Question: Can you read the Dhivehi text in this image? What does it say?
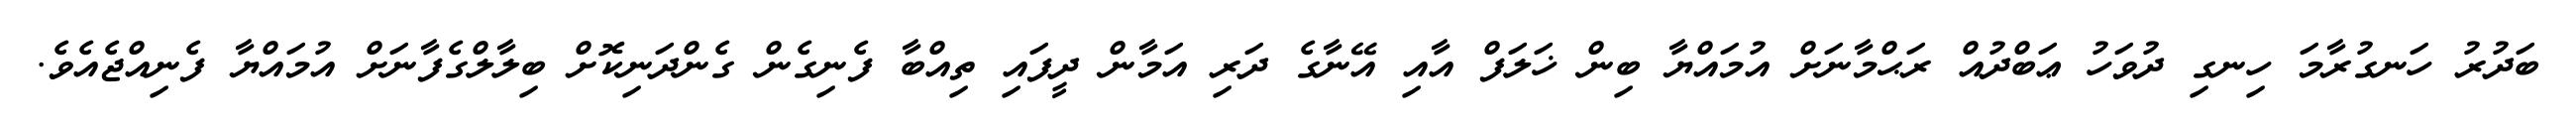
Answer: ބަދުރު ހަނގުރާމަ ހިނގި ދުވަހު ޢަބްދުއް ރަޙްމާނަށް އުމައްޔާ ބިން ޚަލަފް އާއި އޭނާގެ ދަރި އަމާން ދީފައި ތިއްބާ ފެނިގެން ގެންދަނިކޮށް ބިލާލްގެފާނަށް އުމައްޔާ ފެނިއްޖެއެވެ.